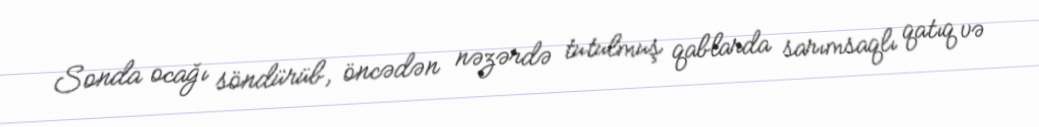
Sonda ocağı söndürüb, öncədən nəzərdə tutulmuş qablarda sarımsaqlı qatıq və